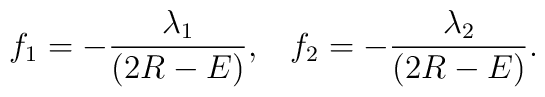
f_1 = -\frac{\lambda_1}{(2R-E)},  \;\;\;   f_2 = -\frac{\lambda_2}{(2R-E)} .